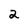
Character: 2